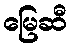
မြေဆီ